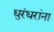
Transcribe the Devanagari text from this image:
धुरंधरांना